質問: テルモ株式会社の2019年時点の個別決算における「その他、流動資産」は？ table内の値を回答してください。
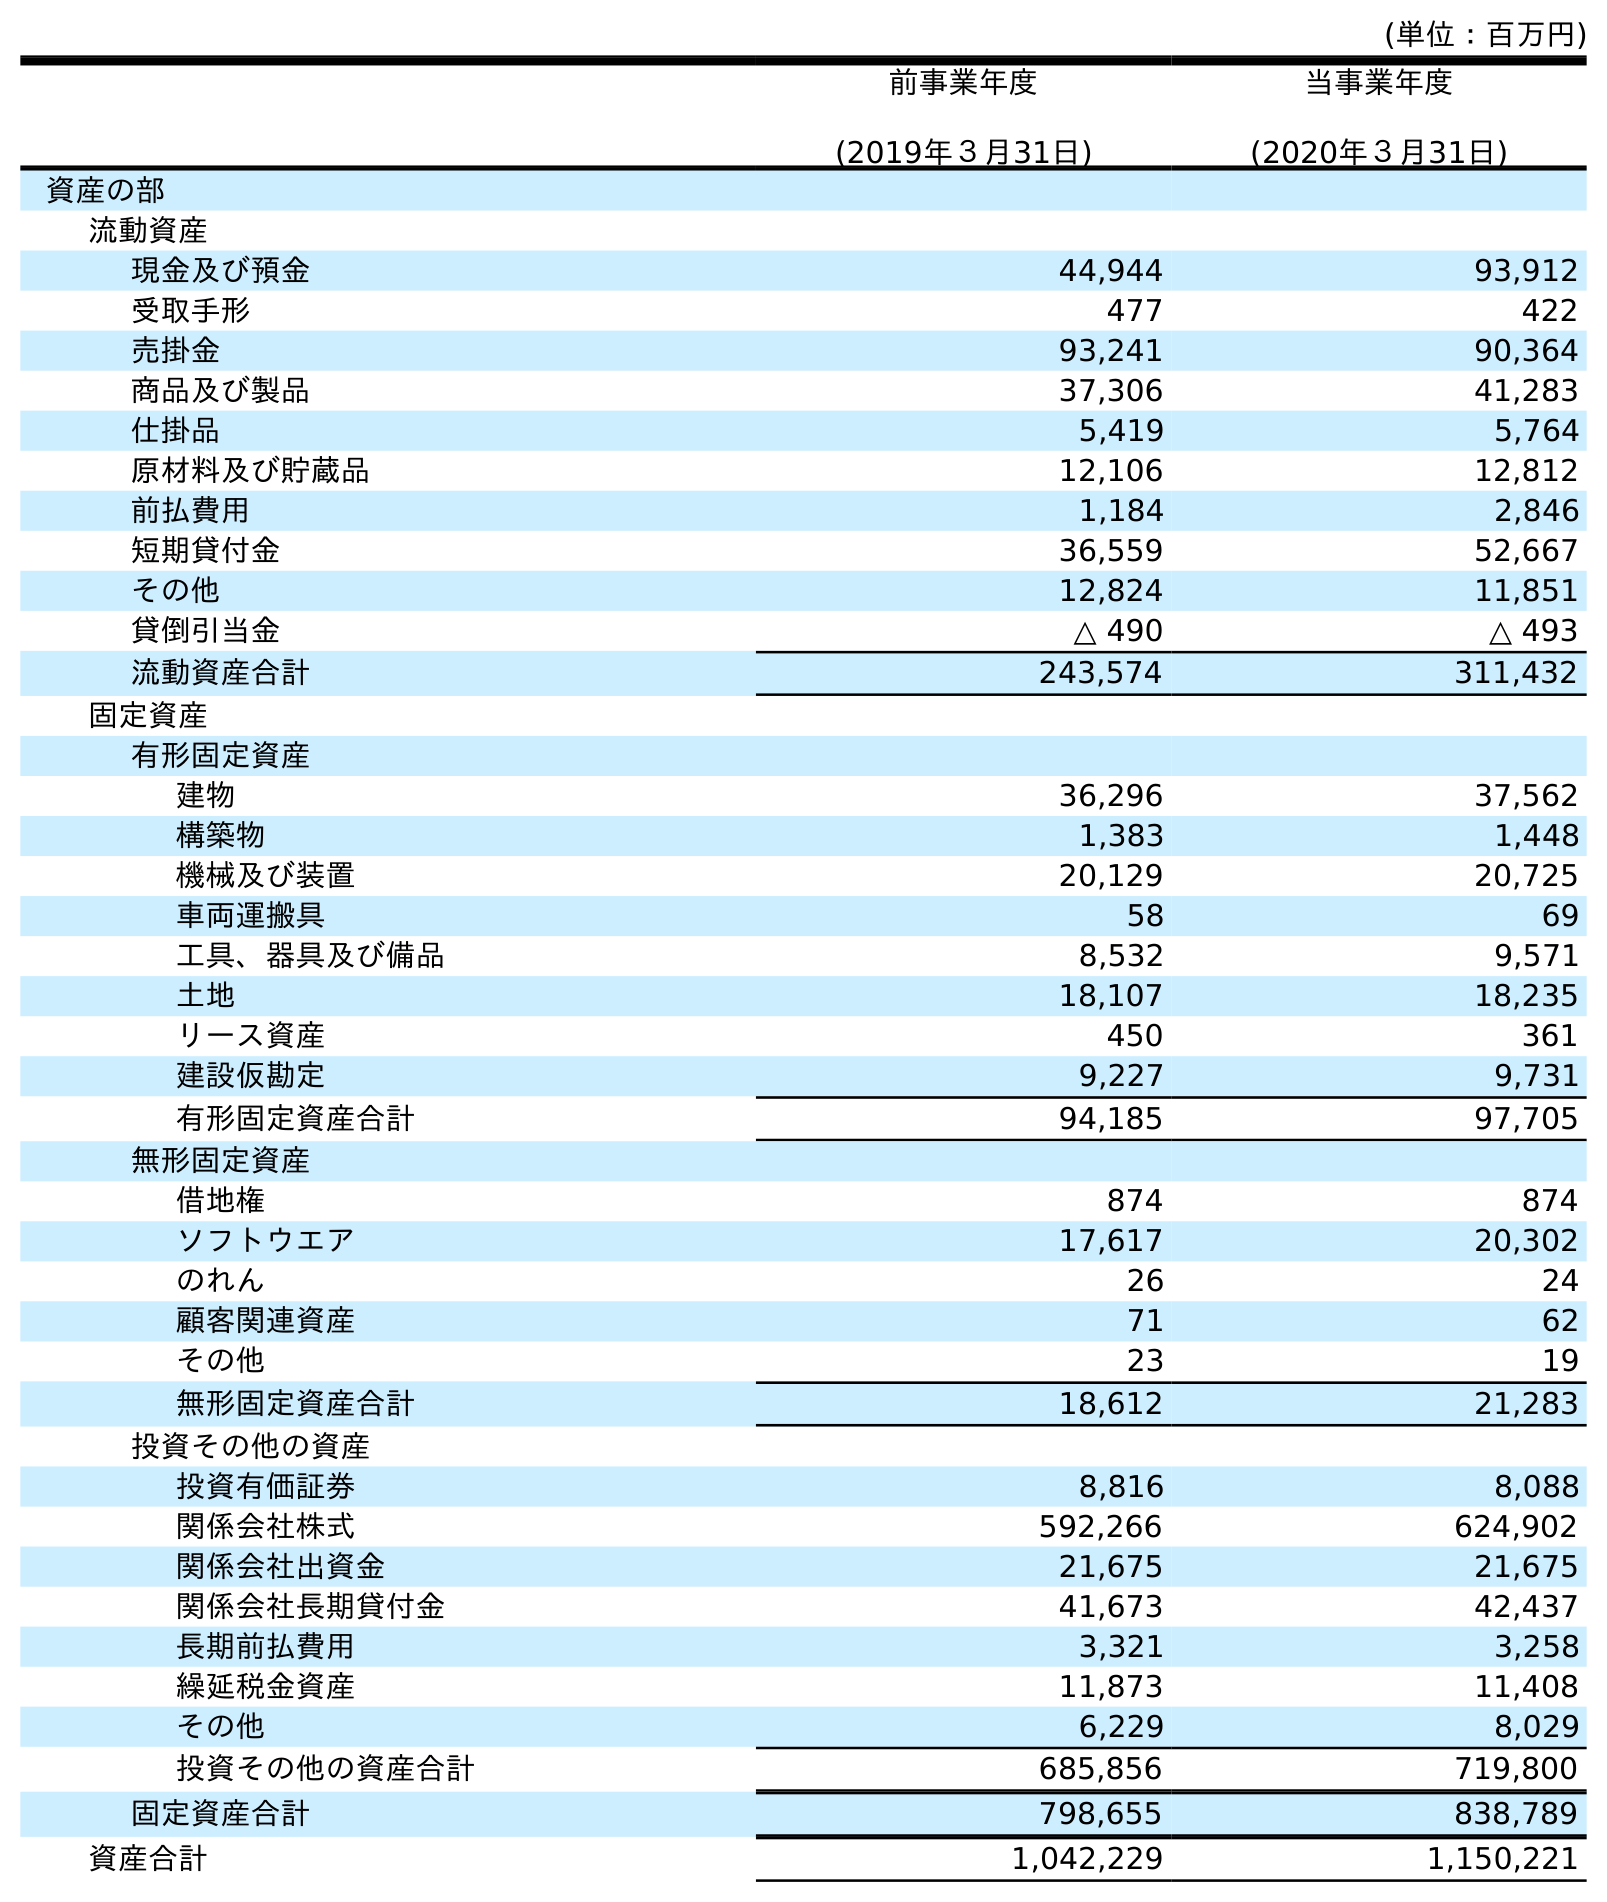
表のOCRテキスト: (単位：百万円) 前事業年度 (2019年３月31日) 当事業年度 (2020年３月31日) 資産の部 流動資産 現金及び預金 44,944 93,912 受取手形 477 422 売掛金 93,241 90,364 商品及び製品 37,306 41,283 仕掛品 5,419 5,764 原材料及び貯蔵品 12,106 12,812 前払費用 1,184 2,846 短期貸付金 36,559 52,667 その他 12,824 11,851 貸倒引当金 △ 490 △ 493 流動資産合計 243,574 311,432 固定資産 有形固定資産 建物 36,296 37,562 構築物 1,383 1,448 機械及び装置 20,129 20,725 車両運搬具 58 69 工具、器具及び備品 8,532 9,571 土地 18,107 18,235 リース資産 450 361 建設仮勘定 9,227 9,731 有形固定資産合計 94,185 97,705 無形固定資産 借地権 874 874 ソフトウエア 17,617 20,302 のれん 26 24 顧客関連資産 71 62 その他 23 19 無形固定資産合計 18,612 21,283 投資その他の資産 投資有価証券 8,816 8,088 関係会社株式 592,266 624,902 関係会社出資金 21,675 21,675 関係会社長期貸付金 41,673 42,437 長期前払費用 3,321 3,258 繰延税金資産 11,873 11,408 その他 6,229 8,029 投資その他の資産合計 685,856 719,800 固定資産合計 798,655 838,789 資産合計 1,042,229 1,150,221
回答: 12,824